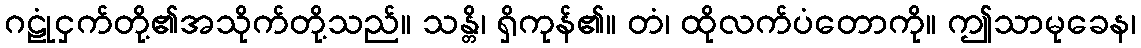
ဂဠုံငှက်တို့၏အသိုက်တို့သည်။ သန္တိ၊ ရှိကုန်၏။ တံ၊ ထိုလက်ပံတောကို။ ဤသာမုခေန၊